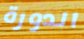
الدورة